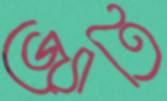
জ্যোতি